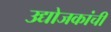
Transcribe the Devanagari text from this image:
उद्योजकांची